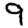
Digit: 9